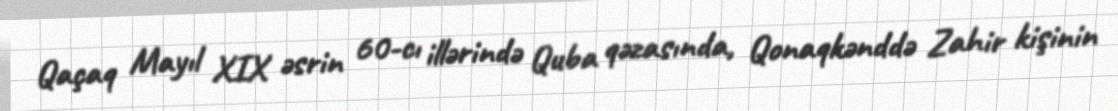
Qaçaq Mayıl XIX əsrin 60-cı illərində Quba qəzasında, Qonaqkənddə Zahir kişinin